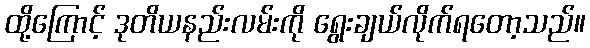
ထို့ကြောင့် ဒုတိယနည်းလမ်းကို ရွေးချယ်လိုက်ရတော့သည်။